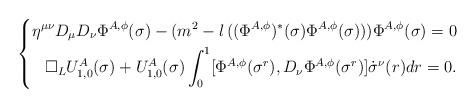
LaTeX: \begin{align*} \left\{\begin{aligned}\eta^{\mu\nu}D_\mu D_\nu\Phi^{A,\phi}(\sigma)-(m^2-l\,((\Phi^{A,\phi})^\ast(\sigma)\Phi^{A,\phi}(\sigma)))\Phi^{A,\phi}(\sigma)=0 \\\Box_{L}U^A_{1,0}(\sigma)+U^A_{1,0}(\sigma)\int_0^1[\Phi^{A,\phi}(\sigma^r),D_\nu\Phi^{A,\phi}(\sigma^r)]\dot{\sigma}^\nu(r)dr=0.\end{aligned}\right.\end{align*}